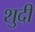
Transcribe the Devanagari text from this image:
शुदी